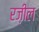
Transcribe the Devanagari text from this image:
रज़ील